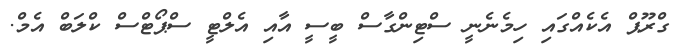
ގްރޫޕް އެކެއްގައި ހިމެނެނީ ސްޓިންގާސް ބީސީ އާއި އެލްޓީ ސްޕޯޓްސް ކްލަބް އެމް.